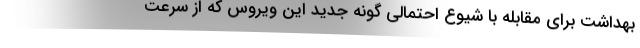
بهداشت برای مقابله با شیوع احتمالی گونه جدید این ویروس که از سرعت